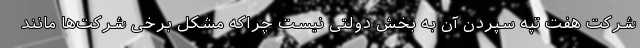
شرکت هفت تپه سپردن آن به بخش دولتی نیست چراکه مشکل برخی شرکت‌ها مانند